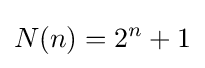
N(n)=2^{n}+1